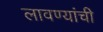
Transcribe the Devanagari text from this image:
लावण्यांची